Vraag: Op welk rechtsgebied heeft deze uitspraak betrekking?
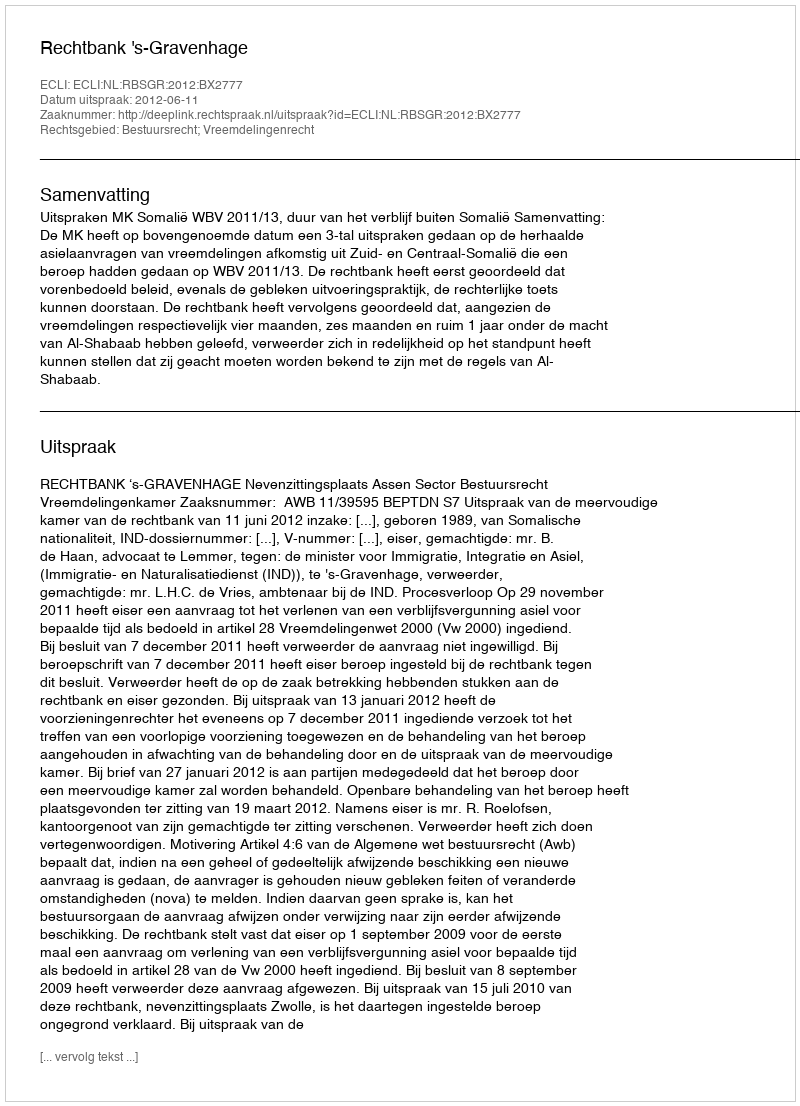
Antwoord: Bestuursrecht; Vreemdelingenrecht